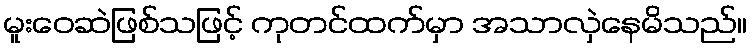
မူးဝေဆဲဖြစ်သဖြင့် ကုတင်ထက်မှာ အသာလှဲနေမိသည်။